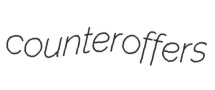
counteroffers